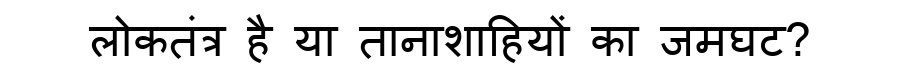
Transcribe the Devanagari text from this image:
लोकतंत्र है या तानाशाहियों का जमघट?